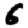
Digit: 6